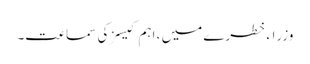
وزراء خطرے میں ، اہم کیسز کی سماعت۔